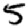
Digit: 5